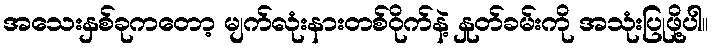
အသေးနှစ်ခုကတော့ မျက်လုံးနားတစ်ဝိုက်နဲ့ နှုတ်ခမ်းကို အသုံးပြုဖို့ပါ။